Source: Computer-generated
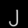
Digit: ၂ (2)